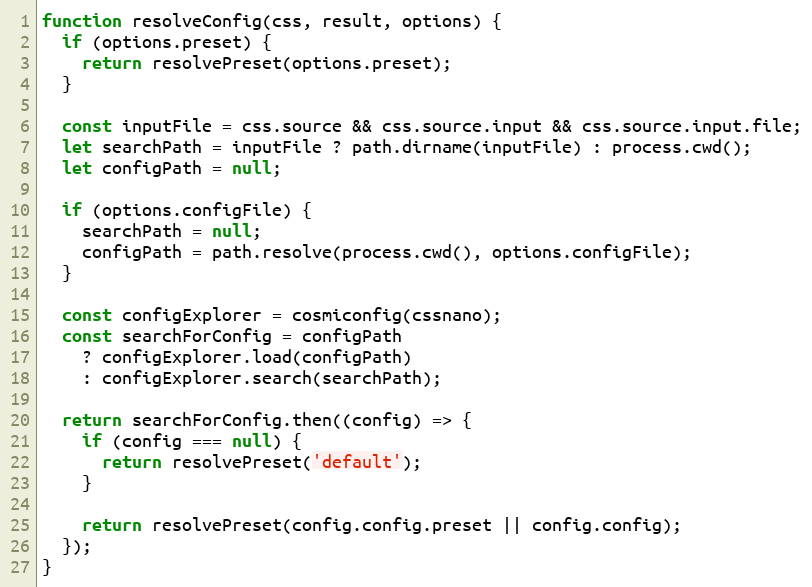
Language: JavaScript
function resolveConfig(css, result, options) {
  if (options.preset) {
    return resolvePreset(options.preset);
  }

  const inputFile = css.source && css.source.input && css.source.input.file;
  let searchPath = inputFile ? path.dirname(inputFile) : process.cwd();
  let configPath = null;

  if (options.configFile) {
    searchPath = null;
    configPath = path.resolve(process.cwd(), options.configFile);
  }

  const configExplorer = cosmiconfig(cssnano);
  const searchForConfig = configPath
    ? configExplorer.load(configPath)
    : configExplorer.search(searchPath);

  return searchForConfig.then((config) => {
    if (config === null) {
      return resolvePreset('default');
    }

    return resolvePreset(config.config.preset || config.config);
  });
}